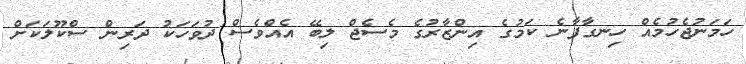
ހަމަނުޖެހުމެއް ހިނގާފާނެ ކަމުގެ އިންޒާރުގެ މެސެޖް ލިބޭ އެއްވެސް ދުވަހަކު ދަރިން ސްކޫލަކަށް